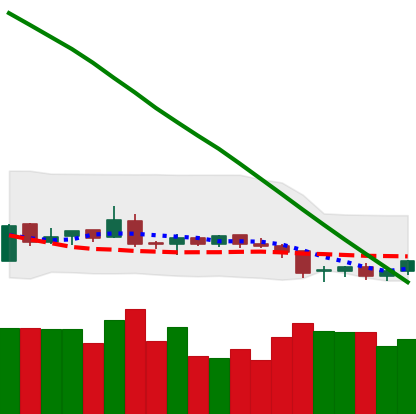
Ticker: NEO-USD
Chart end date: 2019-02-02
Forward return: -4.269%
Label: down_3_5